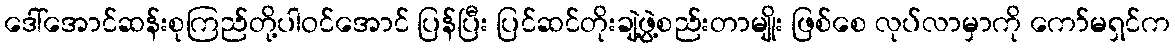
ဒေါ်အောင်ဆန်းစုကြည်တို့ပါဝင်အောင် ပြန်ပြီး ပြင်ဆင်တိုးချဲ့ဖွဲ့စည်းတာမျိုး ဖြစ်စေ လုပ်လာမှာကို ကော်မရှင်က